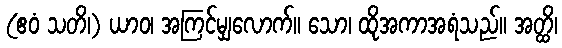
(ဧဝံ သတိ၊) ယာဝ၊ အကြင်မျှလောက်။ သော၊ ထိုအကာအရံသည်။ အတ္ထိ၊